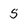
Character: 5